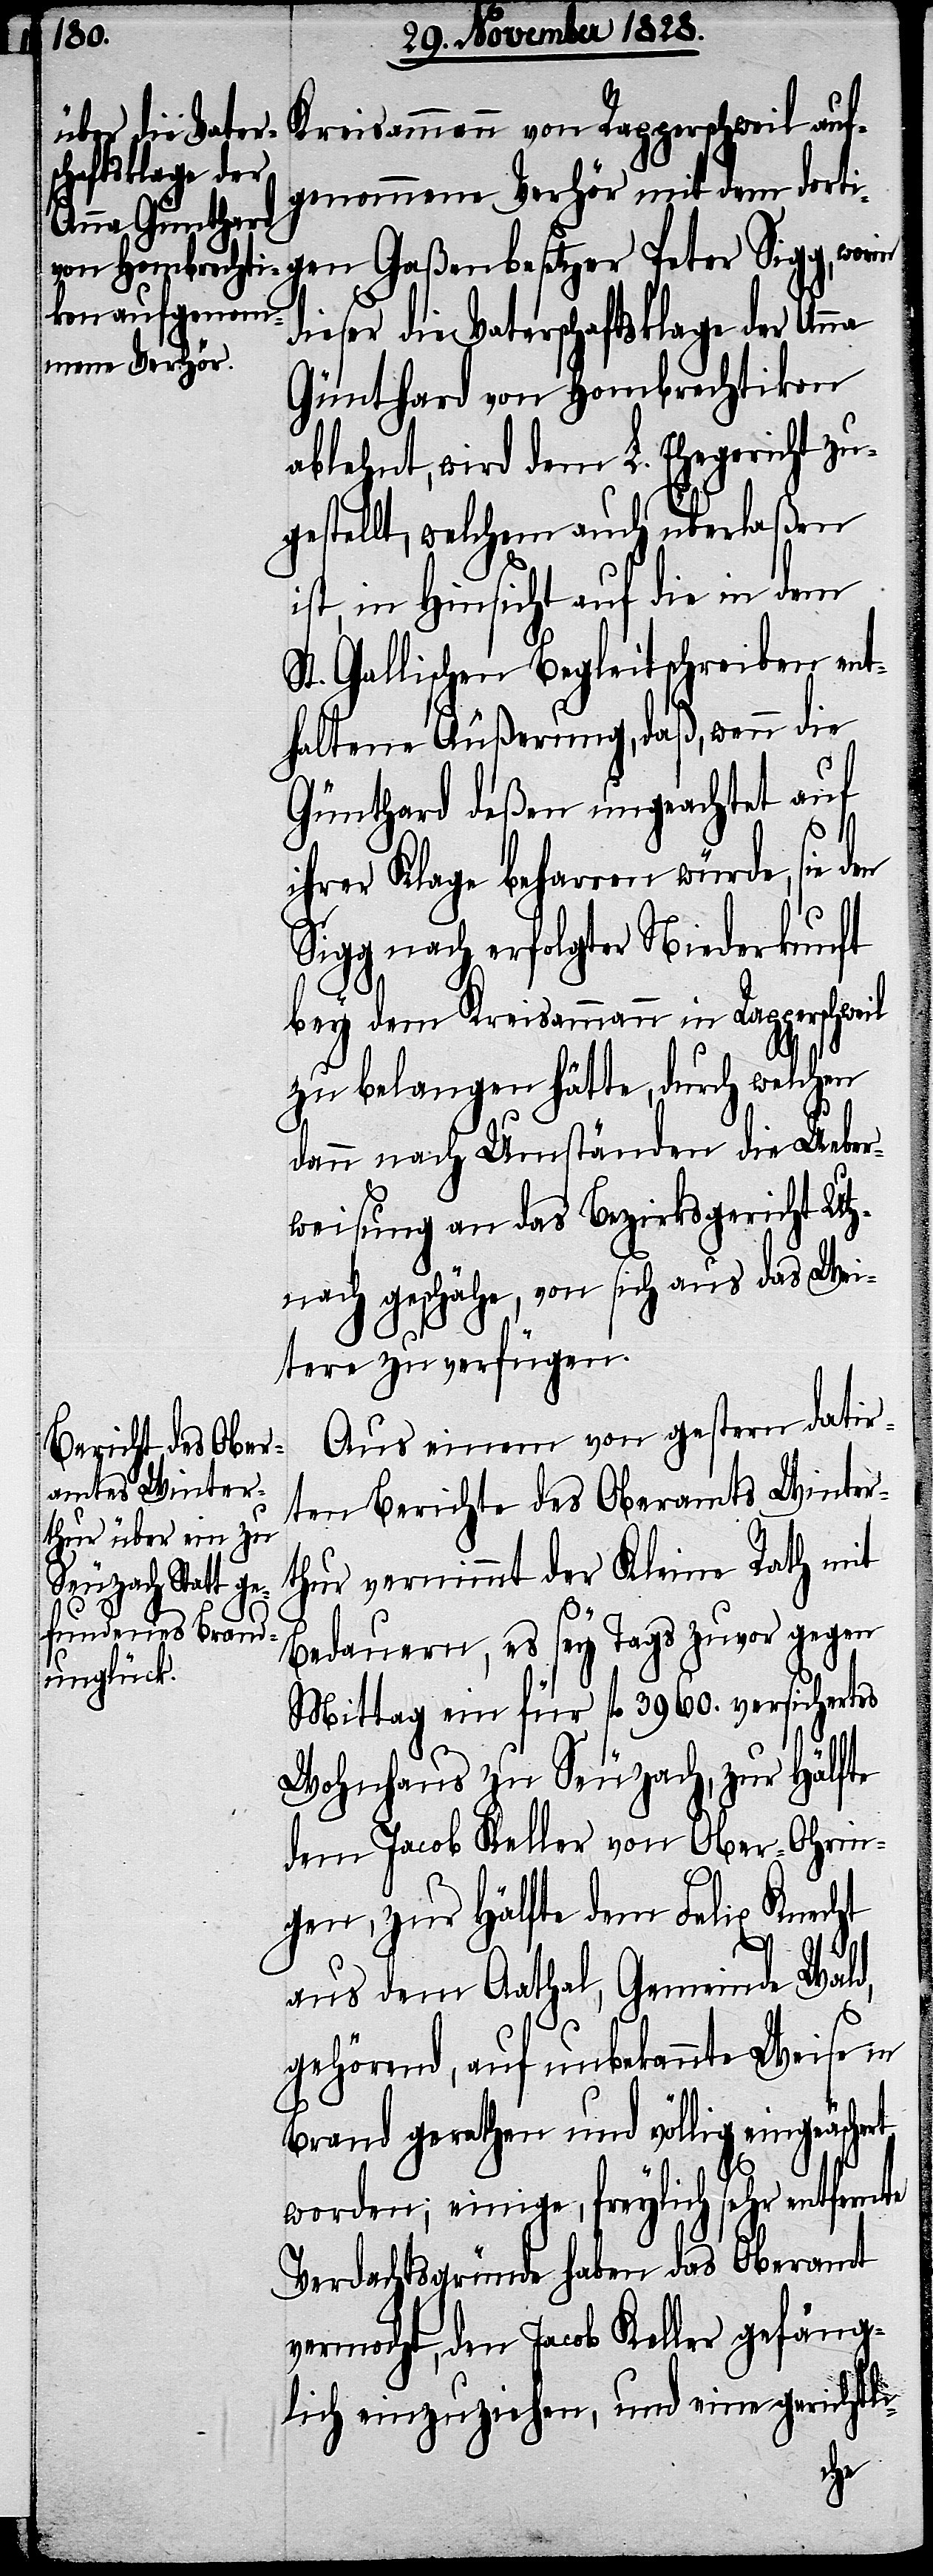
Kreisammann von Rapperschweil auf¬
genommene Verhör mit dem dorti¬
dieser die Vaterschaftsklage der Anna
Günthard von Hombrechtikon
ablehnt, wird dem L. Ehegericht zu¬
gestellt, welchem auch überlaßen
ist, in Hinsicht auf die in dem
St. Gallischen Begleitschreiben ent¬
haltene Äußerung, daß, wenn die
Günthard deßen ungeachtet auf
ihrer Klage beharren würde, sie den
Sigg nach erfolgter Niederkunft
bey dem Kreisammann in Rapperschwe¬
zu belangen hätte, durch welchen
dann nach Umständen die Ueber¬
weisung an das Bezirksgericht Utz¬
nach geschähe, von sich aus das Wei¬
tere zu verfügen.
Aus einem von gestern datir¬
ten Berichte des Oberamts Winter¬
thur vernimmt der Kleine Rath mit
gen Gaßenbesetz¬
Bedauern, es sey Tags zuvor gegen
Mittag ein für fl. 3960. versichertes
Wohnhaus zu Seuzach, zur Hälfte
dem Jacob Keller von Ober-Ohrin¬
gen, zur Hälfte dem Felix Knecht
er
aus dem Aathal, Gemeinde Wald,
gehörend, auf unbekannte Weise in
Brand gerathen und völlig eingeäs¬
worden; einige, freylich sehr entfernte
Verdachtsgründe haben das Oberamt
vermocht, den Jacob Keller gefäng¬
lich einzuziehen, und eine gerichtli-
chert